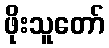
ဖိုးသူတော်